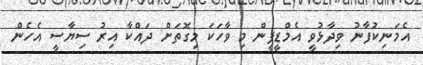
އެމަނިކުފާނު ވިދާޅުވީ އެމްޑީޕީން މި ވާހަކަ މިގޮތަށް ދައްކާ އިރު ސިޔާސީ އެހެން